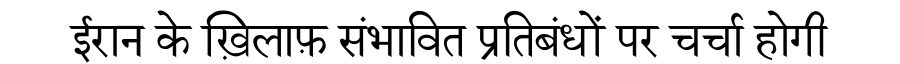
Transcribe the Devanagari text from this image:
ईरान के ख़िलाफ़ संभावित प्रतिबंधों पर चर्चा होगी